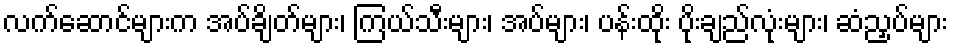
လက်ဆောင်များက အပ်ချိတ်များ၊ ကြယ်သီးများ၊ အပ်များ၊ ပန်းထိုး ပိုးချည်လုံးများ၊ ဆံညှပ်များ